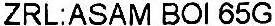
ZRL:ASAM BOI 65G